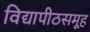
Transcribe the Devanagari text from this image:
विद्यापीठसमूह